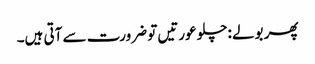
پھر بولے :چلو عورتیں تو ضرورت سے آتی ہیں۔